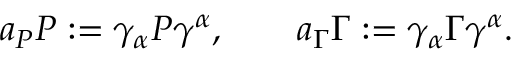
a _ { \cal P } { \cal P } : = \gamma _ { \alpha } { \cal P } \gamma ^ { \alpha } , \qquad a _ { \Gamma } \Gamma : = \gamma _ { \alpha } \Gamma \gamma ^ { \alpha } .